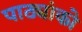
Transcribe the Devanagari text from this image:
पाठ्यांको